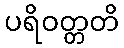
ပရိဝတ္တတိ